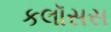
કલૉસસ